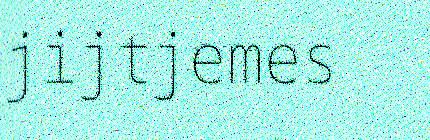
jijtjemes